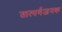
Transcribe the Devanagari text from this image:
तात्पर्यजनक